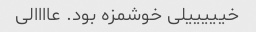
خیییییلی خوشمزه بود. عاااالی